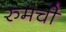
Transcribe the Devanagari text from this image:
रुमची